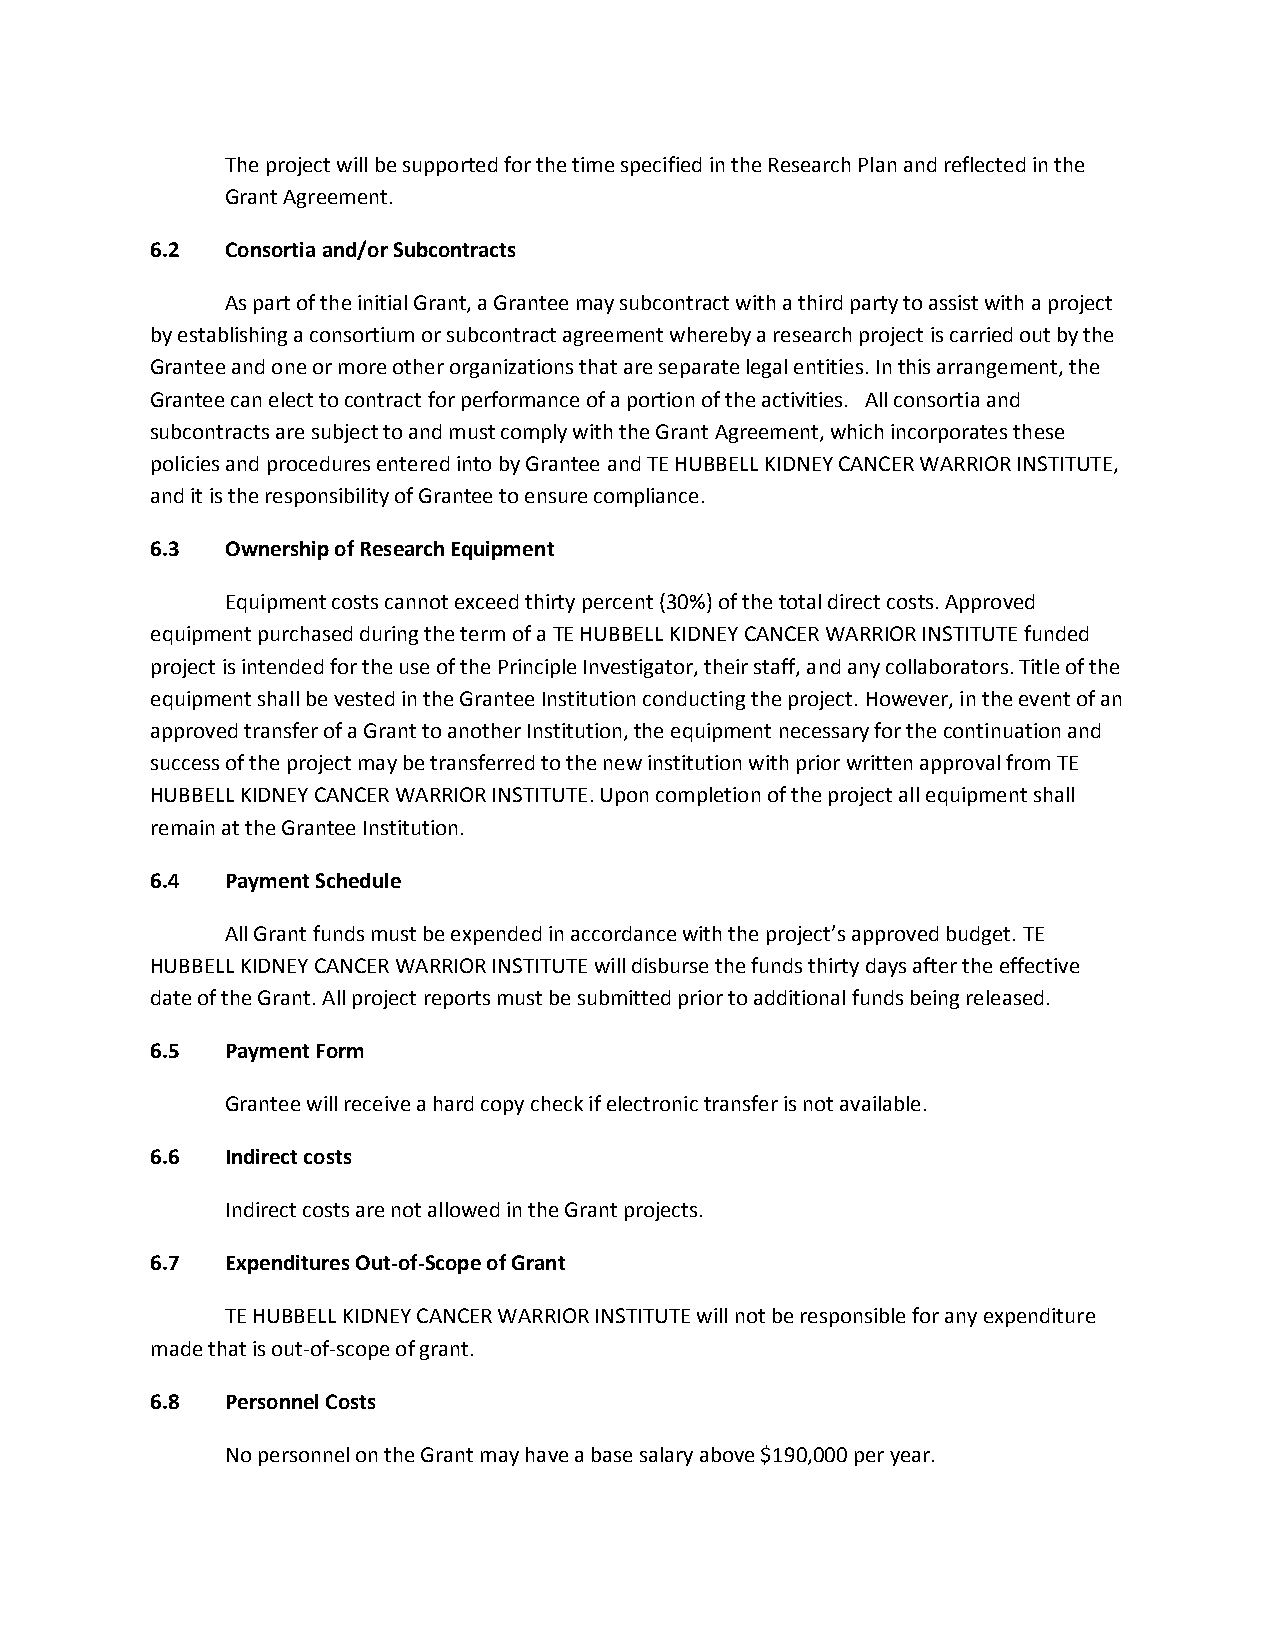
The project will be supported for the time specified in the Research Plan and reflected in the
 Grant Agreement.
 6.2  Consortia and/or Subcontracts
 As part of the initial Grant, a Grantee may subcontract with a third party to assist with a project
 by establishing a consortium or subcontract agreement whereby a research project is carried out by the
 Grantee and one or more other organizations that are separate legal entities. In this arrangement, the
 Grantee can elect to contract for performance of a portion of the activities. All consortia and
 subcontracts are subject to and must comply with the Grant Agreement, which incorporates these
 policies and procedures entered into by Grantee and TE HUBBELL KIDNEY CANCER WARRIOR INSTITUTE,
 and it is the responsibility of Grantee to ensure compliance.
 6.3  Ownership of Research Equipment
 Equipment costs cannot exceed thirty percent (30%) of the total direct costs. Approved
 equipment purchased during the term of a TE HUBBELL KIDNEY CANCER WARRIOR INSTITUTE funded
 project is intended for the use of the Principle Investigator, their staff, and any collaborators. Title of the
 equipment shall be vested in the Grantee Institution conducting the project. However, in the event of an
 approved transfer of a Grant to another Institution, the equipment necessary for the continuation and
 success of the project may be transferred to the new institution with prior written approval from TE
 HUBBELL KIDNEY CANCER WARRIOR INSTITUTE. Upon completion of the project all equipment shall
 remain at the Grantee Institution.
 6.4  Payment Schedule
 All Grant funds must be expended in accordance with the project’s approved budget. TE
 HUBBELL KIDNEY CANCER WARRIOR INSTITUTE will disburse the funds thirty days after the effective
 date of the Grant. All project reports must be submitted prior to additional funds being released.
 6.5  Payment Form
 Grantee will receive a hard copy check if electronic transfer is not available.
 6.6  Indirect costs
 Indirect costs are not allowed in the Grant projects.
 6.7  Expenditures Out-of-Scope of Grant
 TE HUBBELL KIDNEY CANCER WARRIOR INSTITUTE will not be responsible for any expenditure
 made that is out-of-scope of grant.
 6.8  Personnel Costs
 No personnel on the Grant may have a base salary above $190,000 per year.